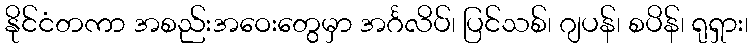
နိုင်ငံတကာ အစည်းအဝေးတွေမှာ အင်္ဂလိပ်၊ ပြင်သစ်၊ ဂျပန်၊ စပိန်၊ ရုရှား၊